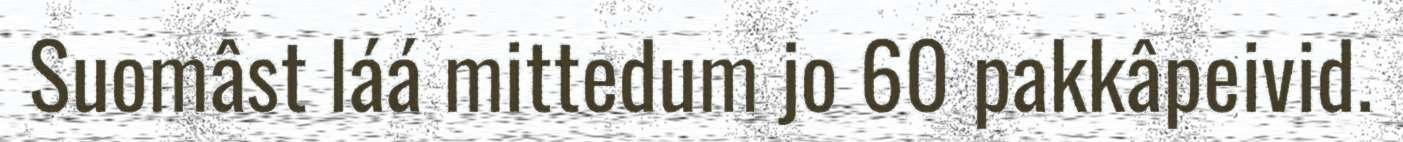
Suomâst láá mittedum jo 60 pakkâpeivid.